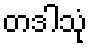
တဒါသုံ